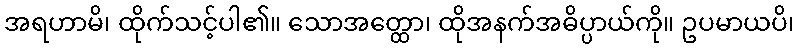
အရဟာမိ၊ ထိုက်သင့်ပါ၏။ သောအတ္ထော၊ ထိုအနက်အဓိပ္ပာယ်ကို။ ဥပမာယပိ၊